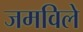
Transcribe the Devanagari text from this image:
जमविले